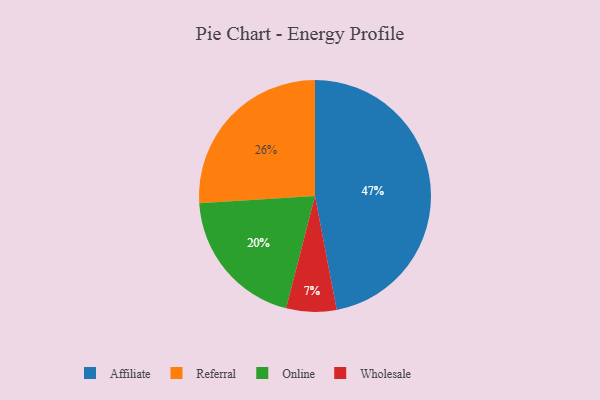
{"axis": {"x": "Category", "y": "Percentage"}, "legend": ["Affiliate", "Online", "Referral", "Wholesale"], "data": [{"x": "Wholesale", "y": 7, "type": "Wholesale"}, {"x": "Affiliate", "y": 47, "type": "Affiliate"}, {"x": "Online", "y": 20, "type": "Online"}, {"x": "Referral", "y": 26, "type": "Referral"}]}